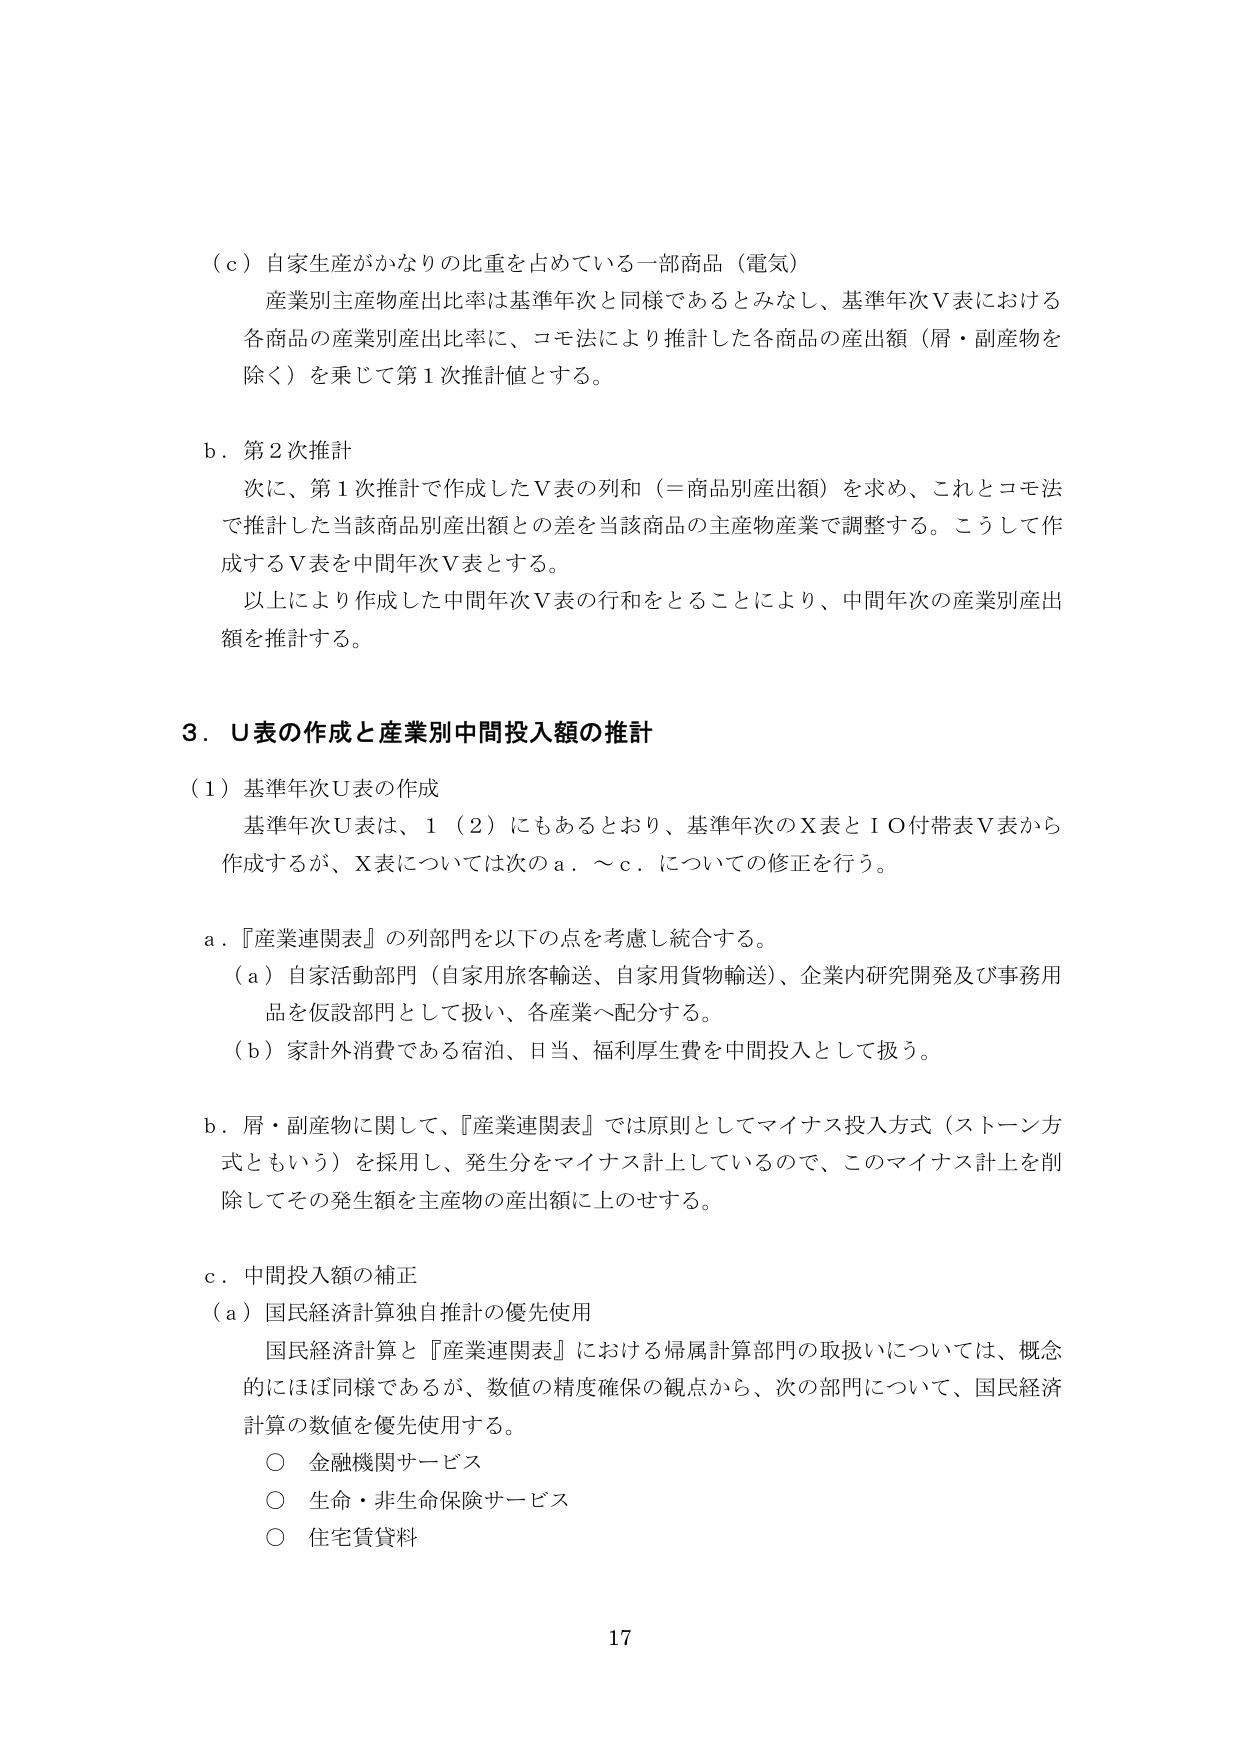
（ｃ）自家生産がかなりの比重を占めている一部商品（電気）
産業別主産物産出比率は基準年次と同様であるとみなし、基準年次Ｖ表における
各商品の産業別産出比率に、コモ法により推計した各商品の産出額（屑・副産物を
除く）を乗じて第１次推計値とする。

ｂ．第２次推計
次に、第１次推計で作成したＶ表の列和（＝商品別産出額）を求め、これとコモ法
で推計した当該商品別産出額との差を当該商品の主産物産業で調整する。こうして作
成するＶ表を中間年次Ｖ表とする。
以上により作成した中間年次Ｖ表の行和をとることにより、中間年次の産業別産出
額を推計する。

３．Ｕ表の作成と産業別中間投入額の推計

（１）基準年次Ｕ表の作成
基準年次Ｕ表は、１（２）にもあるとおり、基準年次のＸ表とＩＯ付帯表Ｖ表から
作成するが、Ｘ表については次のａ．～ｃ．についての修正を行う。

ａ．『産業連関表』の列部門を以下の点を考慮し統合する。
（ａ）自家活動部門（自家用旅客輸送、自家用貨物輸送）、企業内研究開発及び事務用
品を仮設部門として扱い、各産業へ配分する。
（ｂ）家計外消費である宿泊、日当、福利厚生費を中間投入として扱う。

ｂ．屑・副産物に関して、『産業連関表』では原則としてマイナス投入方式（ストーン方
式ともいう）を採用し、発生分をマイナス計上しているので、このマイナス計上を削
除してその発生額を主産物の産出額に上のせる。

ｃ．中間投入額の補正
（ａ）国民経済計算独自推計の優先使用
国民経済計算と『産業連関表』における帰属計算部門の取扱いについては、概念
的にはほぼ同様であるが、数値の精度確保の観点から、次の部門について、国民経済
計算の数値を優先使用する。
○ 金融機関サービス
○ 生命・非生命保険サービス
○ 住宅賃貸料

17